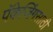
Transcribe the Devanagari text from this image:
पॅकेजिंगसाठी